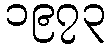
၁၉၇၃